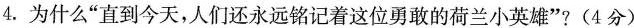
4.为什么”直到今天，人们还永远铭记着这位勇敢的荷兰小英雄”?(4分)